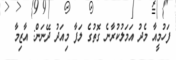
ފަހުމީއާ މެދު އަމަލުކުރާނެ ގޮތުގެ ލަފާ މިއަދު ދޭނަން: އާޒިމާ